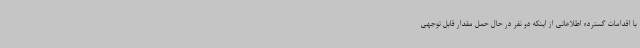
با اقدامات گسترده اطلاعاتی از اینکه دو نفر در حال حمل مقدار قابل توجهی